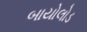
બાયોલોડ